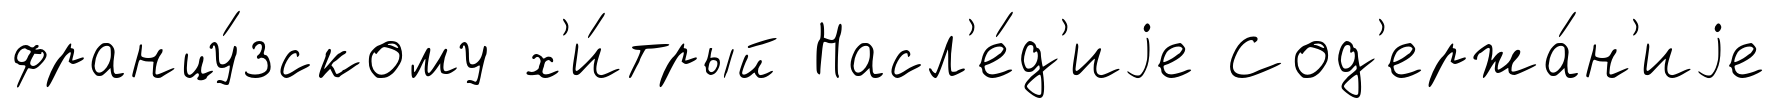
францу́зскому х'и́трый Насл'е́д'иjе Сод'ержа́н'иjе